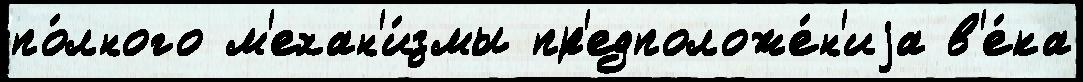
по́лного м'ехан'и́змы пр'едположе́н'иjа в'е́ка